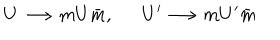
U \longrightarrow m U \bar { m } , U ^ { \prime } \longrightarrow m U ^ { \prime } \bar { m }